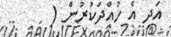
އަދި އެ ހުއްދަކުރުން (